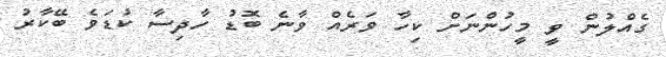
ގެއްލުން ވީ މީހުންނަށް ކިހާ ވަރެއް ވާނެ ބޮޑު ހާދިސާ ކުޑަވެ ބޭކާރު